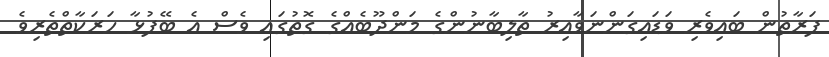
ފަރާތުން ބައިވެރި ވަޑައިގަންނަވާއިރު ތާލިބާނުންގެ މަންދޫބެއްގެ ގޮތުގައި ވެސް އެ ބޭފުޅާ ހަރަކާތްތެރިވެ